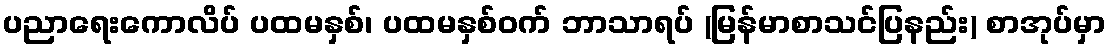
ပညာရေးကောလိပ် ပထမနှစ်၊ ပထမနှစ်ဝက် ဘာသာရပ် (မြန်မာစာသင်ပြနည်း) စာအုပ်မှာ